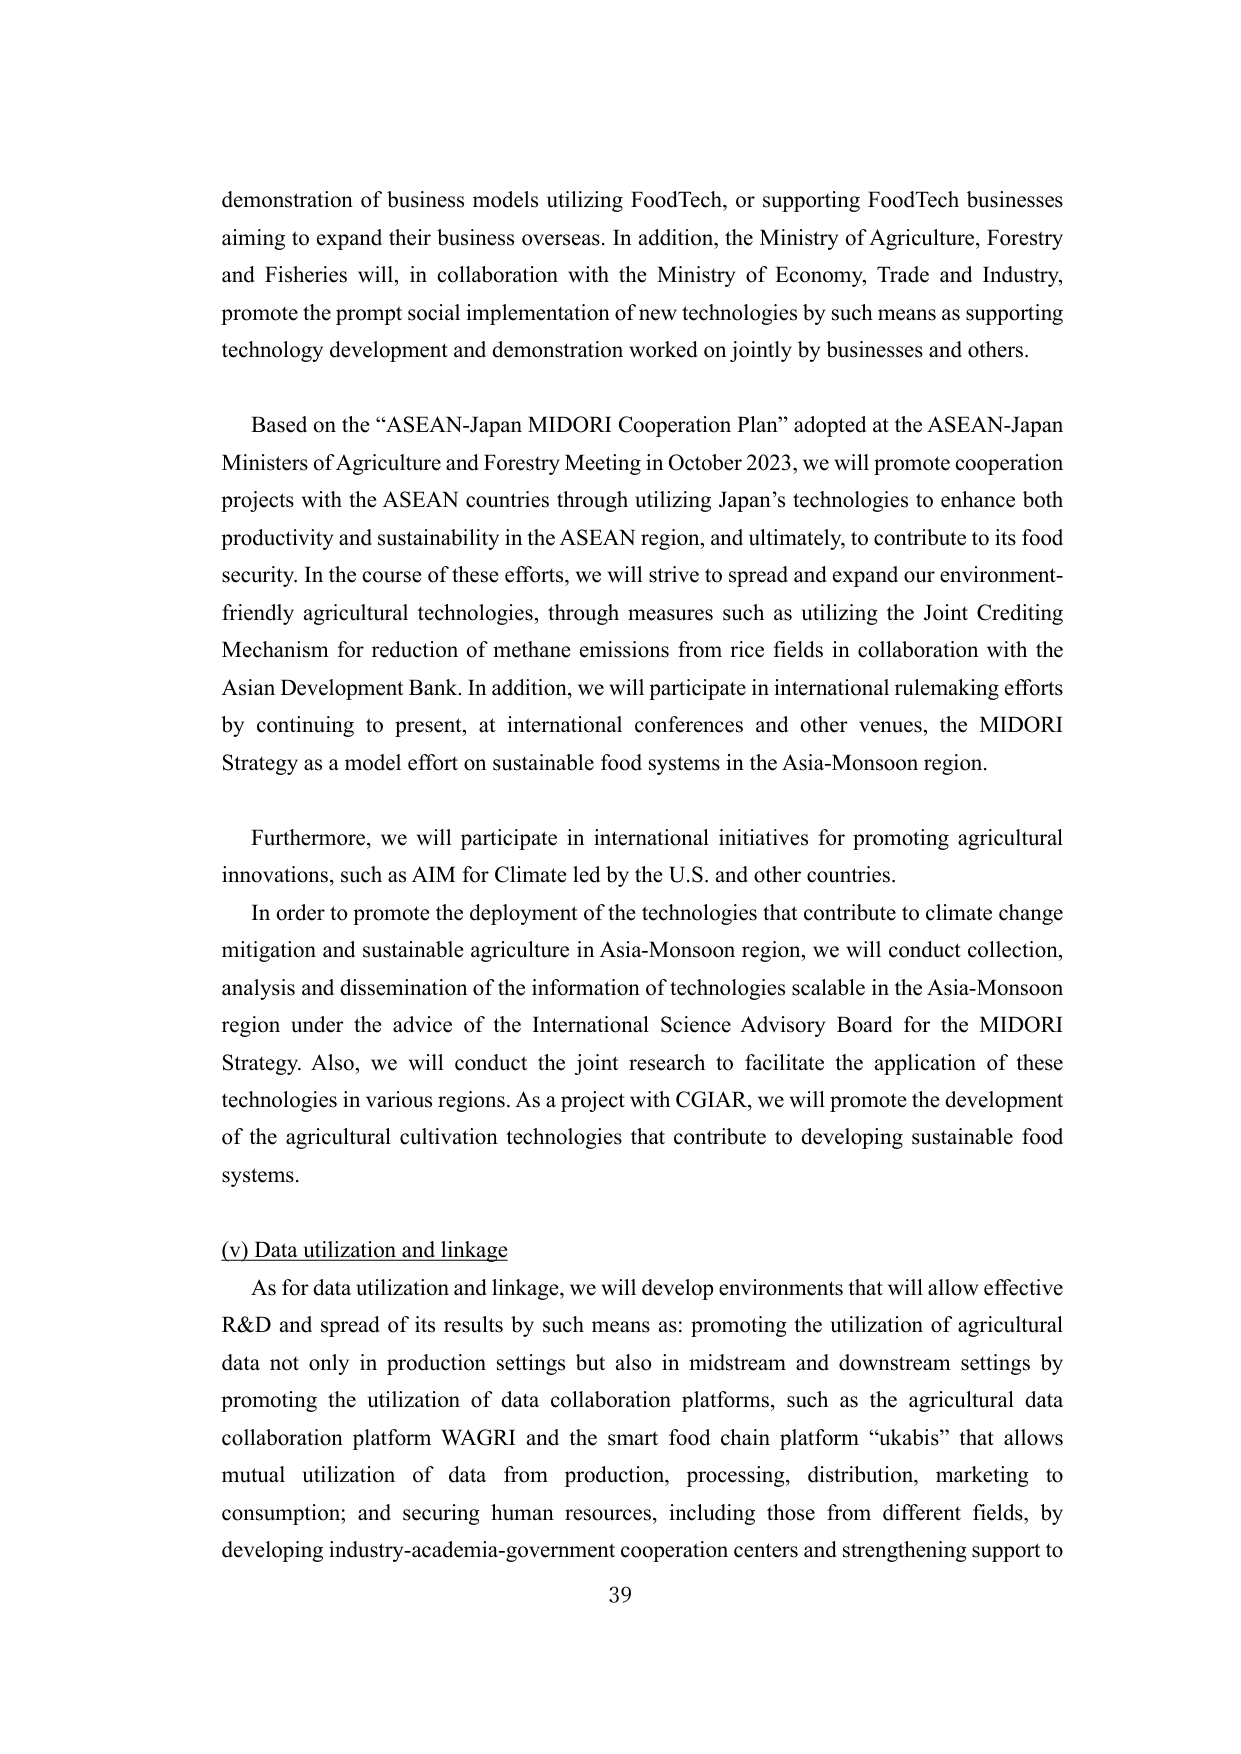
demonstration of business models utilizing FoodTech, or supporting FoodTech businesses aiming to expand their business overseas. In addition, the Ministry of Agriculture, Forestry and Fisheries will, in collaboration with the Ministry of Economy, Trade and Industry, promote the prompt social implementation of new technologies by such means as supporting technology development and demonstration worked on jointly by businesses and others.

Based on the “ASEAN-Japan MIDORI Cooperation Plan” adopted at the ASEAN-Japan Ministers of Agriculture and Forestry Meeting in October 2023, we will promote cooperation projects with the ASEAN countries through utilizing Japan’s technologies to enhance both productivity and sustainability in the ASEAN region, and ultimately, to contribute to its food security. In the course of these efforts, we will strive to spread and expand our environment-friendly agricultural technologies, through measures such as utilizing the Joint Crediting Mechanism for reduction of methane emissions from rice fields in collaboration with the Asian Development Bank. In addition, we will participate in international rulemaking efforts by continuing to present, at international conferences and other venues, the MIDORI Strategy as a model effort on sustainable food systems in the Asia-Monsoon region.

Furthermore, we will participate in international initiatives for promoting agricultural innovations, such as AIM for Climate led by the U.S. and other countries.

In order to promote the deployment of the technologies that contribute to climate change mitigation and sustainable agriculture in Asia-Monsoon region, we will conduct collection, analysis and dissemination of the information of technologies scalable in the Asia-Monsoon region under the advice of the International Science Advisory Board for the MIDORI Strategy. Also, we will conduct the joint research to facilitate the application of these technologies in various regions. As a project with CGIAR, we will promote the development of the agricultural cultivation technologies that contribute to developing sustainable food systems.

(v) Data utilization and linkage

As for data utilization and linkage, we will develop environments that will allow effective R&D and spread of its results by such means as: promoting the utilization of agricultural data not only in production settings but also in midstream and downstream settings by promoting the utilization of data collaboration platforms, such as the agricultural data collaboration platform WAGRI and the smart food chain platform “ukabis” that allows mutual utilization of data from production, processing, distribution, marketing to consumption; and securing human resources, including those from different fields, by developing industry-academia-government cooperation centers and strengthening support to

39